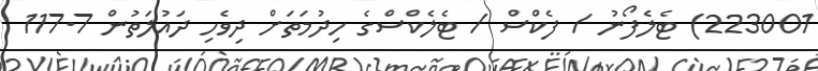
223001) ޓެލެފޯނު / ފެކްސް / ޓެލެކްސްގެ ހިދުމަތަށް ދިވެހި ދައުލަތުން 117.7